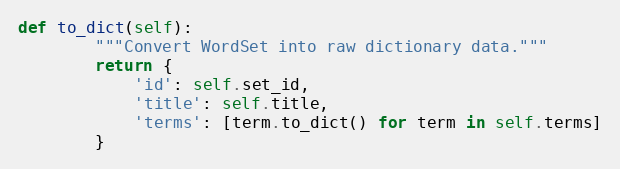
Language: Python
def to_dict(self):
        """Convert WordSet into raw dictionary data."""
        return {
            'id': self.set_id,
            'title': self.title,
            'terms': [term.to_dict() for term in self.terms]
        }